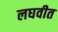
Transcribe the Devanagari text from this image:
लघवीत